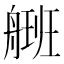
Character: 𰰒